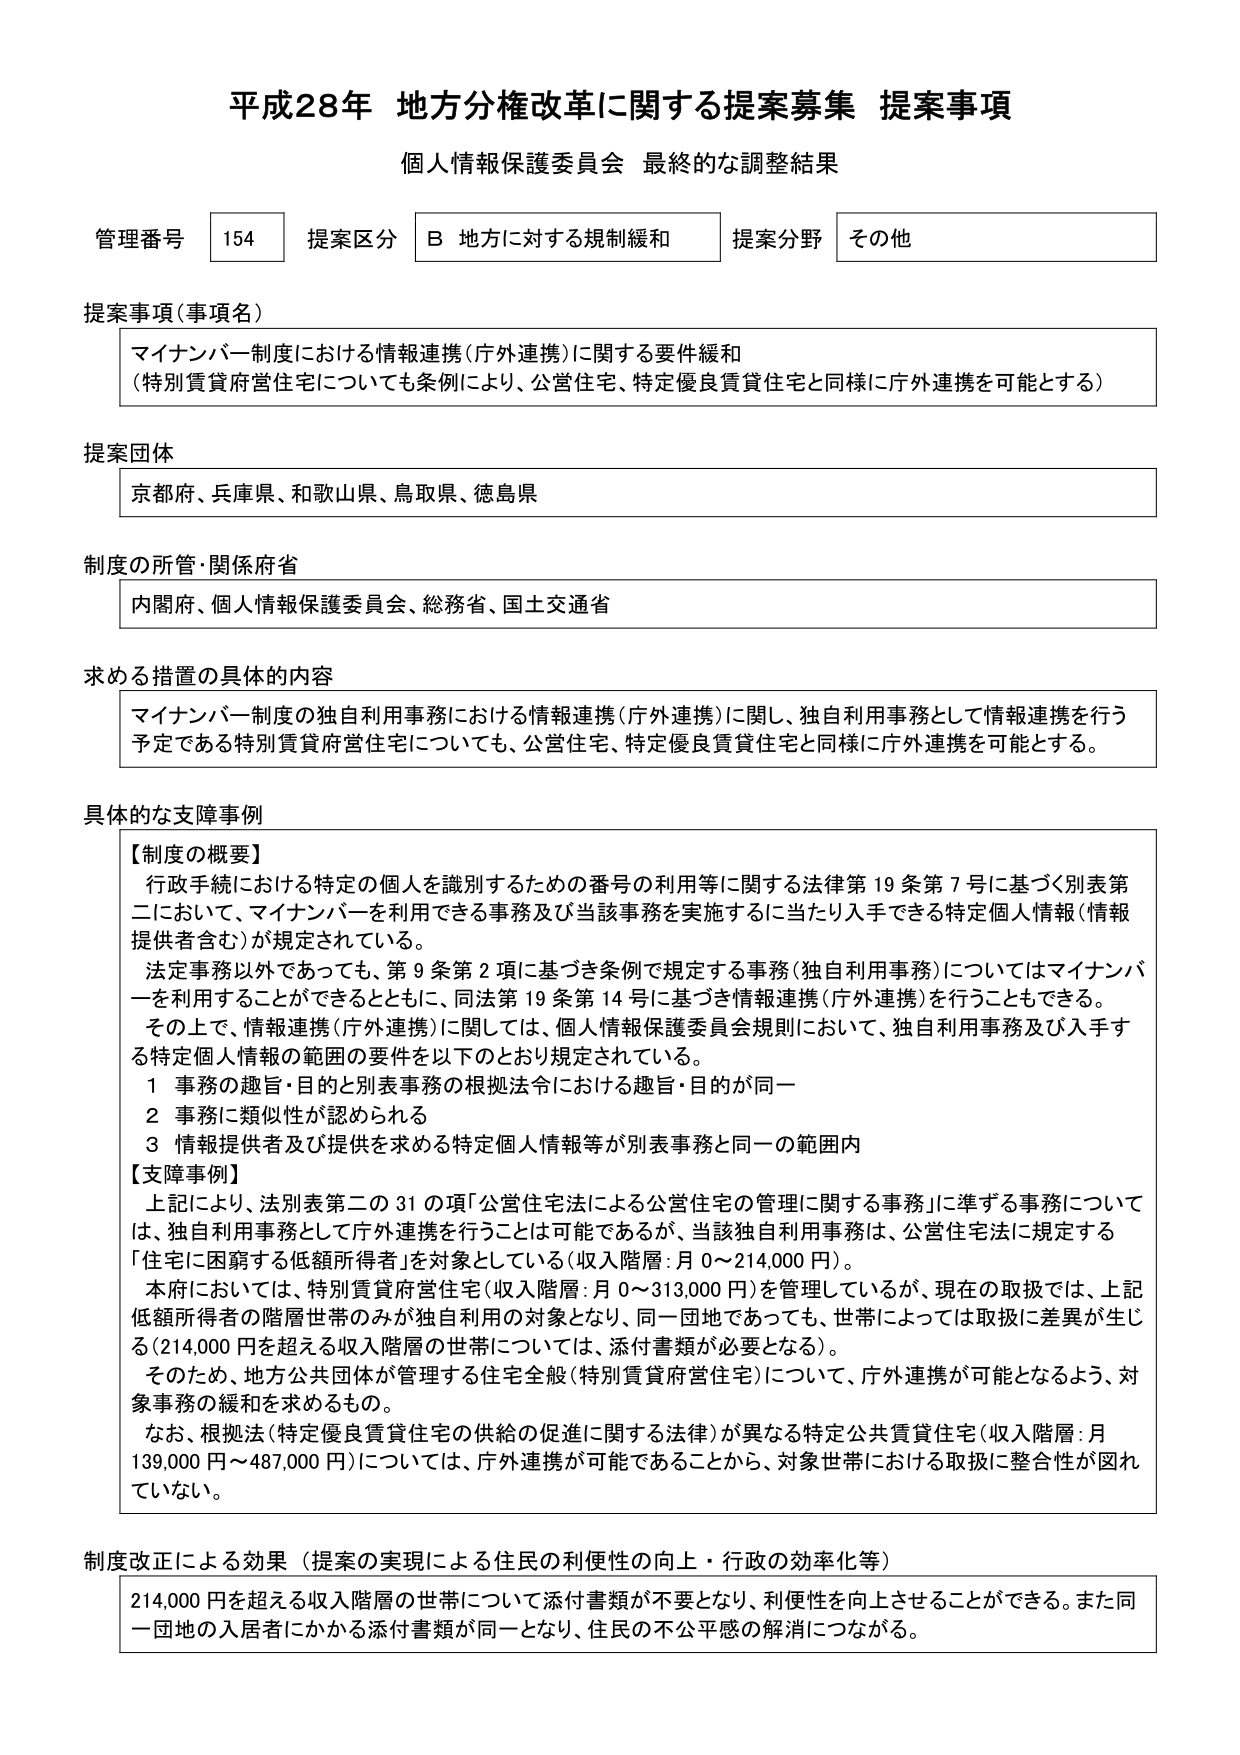
平成28年 地方分権改革に関する提案募集 提案事項
個人情報保護委員会 最終的な調整結果

管理番号 154 提案区分 B 地方に対する規制緩和 提案分野 その他

提案事項（事項名）
マイナンバー制度における情報連携（庁外連携）に関する要件緩和
（特別賃貸府営住宅についても条例により、公営住宅、特定優良賃貸住宅と同様に庁外連携を可能とする）

提案団体
京都府、兵庫県、和歌山県、鳥取県、徳島県

制度の所管・関係府省
内閣府、個人情報保護委員会、総務省、国土交通省

求める措置の具体的な内容
マイナンバー制度の独自利用事務における情報連携（庁外連携）に関し、独自利用事務として情報連携を行う予定である特別賃貸府営住宅についても、公営住宅、特定優良賃貸住宅と同様に庁外連携を可能とする。

具体的な支障事例
【制度の概要】
行政手続における特定の個人を識別するための番号の利用等に関する法律第19条第7号に基づく別表第二において、マイナンバーを利用できる事務及び当該事務を実施するに当たり入手できる特定個人情報（情報提供者含む）が規定されている。
法定事務以外であっても、第9条第2項に基づき条例で規定する事務（独自利用事務）についてはマイナンバーを利用することもできるとともに、同法第19条第14号に基づき情報連携（庁外連携）を行うこともできる。
その上で、情報連携（庁外連携）に関しては、個人情報保護委員会規則において、独自利用事務及び入手する特定個人情報の範囲の要件を以下のとおり規定されている。
1 事務の趣旨・目的と別表事務の根拠法令における趣旨・目的が同一
2 事務に類似性が認められる
3 情報提供者及び提供を求める特定個人情報等が別表事務と同一の範囲内

【支障事例】
上記により、法別表第二の31の項「公営住宅法による公営住宅の管理に関する事務」に準ずる事務については、独自利用事務として庁外連携を行うことは可能であるが、当該独自利用事務は、公営住宅法に規定する「住宅に困窮する低額所得者」を対象としている（収入階層：月0～214,000円）。
本府においては、特別賃貸府営住宅（収入階層：月0～313,000円）を管理しているが、現在の取扱では、上記低額所得者の階層世帯のみが独自利用の対象となり、同一団地であっても、世帯によっては取扱に差異が生じる（214,000円を超える収入階層の世帯については、添付書類が必要となる）。
そのため、地方公共団体が管理する住宅全般（特別賃貸府営住宅）について、庁外連携が可能となるよう、対象事務の緩和を求めるもの。
なお、根拠法（特定優良賃貸住宅の供給の促進に関する法律）が異なる特定公共賃貸住宅（収入階層：月139,000円～487,000円）については、庁外連携が可能であることから、対象世帯における取扱に整合性が図れていない。

制度改正による効果（提案の実現による住民の利便性の向上・行政の効率化等）
214,000円を超える収入階層の世帯について添付書類が不要となり、利便性を向上させることができる。また同一団地の入居者にかかる添付書類が同一となり、住民の不公平感の解消につながる。